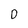
Character: 0